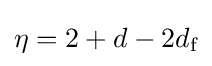
\eta =2+d-2d_{\text{f}}\,\!